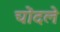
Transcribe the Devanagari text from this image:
चोंदले